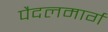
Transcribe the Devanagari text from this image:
पैदलमार्ग